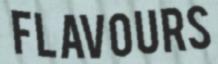
FLAVOURS